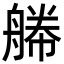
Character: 𦩫